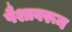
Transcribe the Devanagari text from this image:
पैशावरून